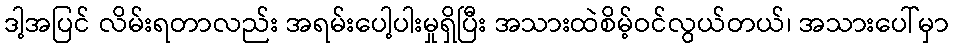
ဒါ့အပြင် လိမ်းရတာလည်း အရမ်းပေါ့ပါးမှုရှိပြီး အသားထဲစိမ့်ဝင်လွယ်တယ်၊ အသားပေါ်မှာ